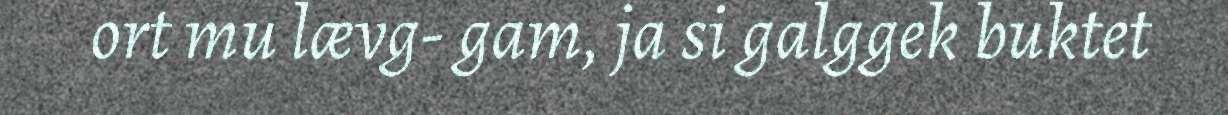
ort mu lævg- gam, ja si galggek buktet